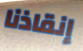
إنقاذنا